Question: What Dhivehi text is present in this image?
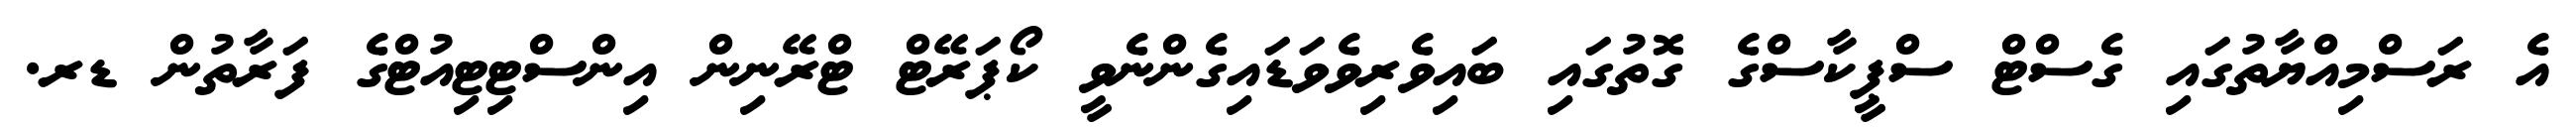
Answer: އެ ރަސްމިއްޔާތުގައި ގެސްޓް ސްޕީކާސްގެ ގޮތުގައި ބައިވެރިވެވަޑައިގެންނެވީ ކޯޕަރޭޓް ޓްރޭނިން އިންސްޓިޓިއުޓްގެ ފަރާތުން ޑރ.